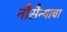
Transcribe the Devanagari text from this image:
नौसैन्याचा